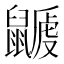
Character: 𪕽